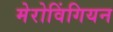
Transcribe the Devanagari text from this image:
मेरोविंगियन